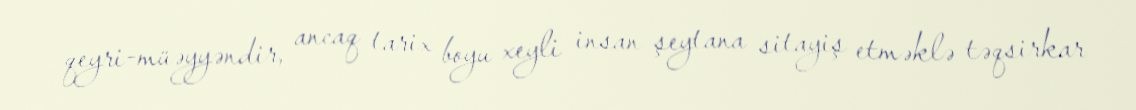
qeyri-müəyyəndir, ancaq tarix boyu xeyli insan şeytana sitayiş etməklə təqsirkar